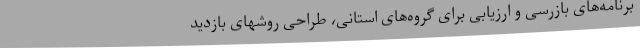
برنامه‌های بازرسی و ارزیابی برای گروه‌های استانی، طراحی روشهای بازدید